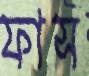
ফাস